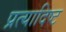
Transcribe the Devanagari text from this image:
प्रत्यादिष्ट